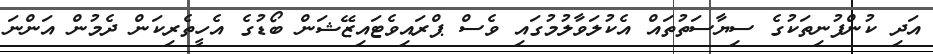
އަދި ކުންފުނިތަކުގެ ސިޔާސަތުތައް އެކުލަވާލުމުގައި ވެސް ޕްރައިވެޓައިޒޭޝަން ބޯޑުގެ އެހީތެރިކަން ދެމުން އަންނަ